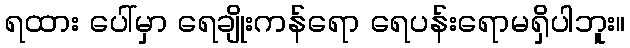
ရထား ပေါ်မှာ ရေချိုးကန်ရော ရေပန်းရောမရှိပါဘူး။